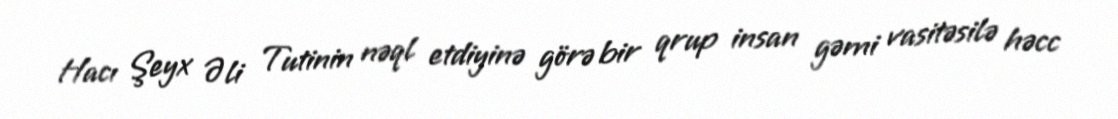
Hacı Şeyx Əli Tutinin nəql etdiyinə görə bir qrup insan gəmi vasitəsilə həcc